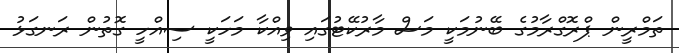
ތަމްރީން ޕްރޮގްރާމުގެ ބޭނުމަކީ މަސް މާރުކޭޓުގައި ވިއްކާ މަހަކީ ސިއްހީ ގޮތުން ރަނގަޅު